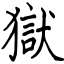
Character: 獄